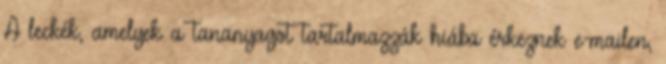
A leckék, amelyek a tananyagot tartalmazzák hiába érkeznek e-mailen,